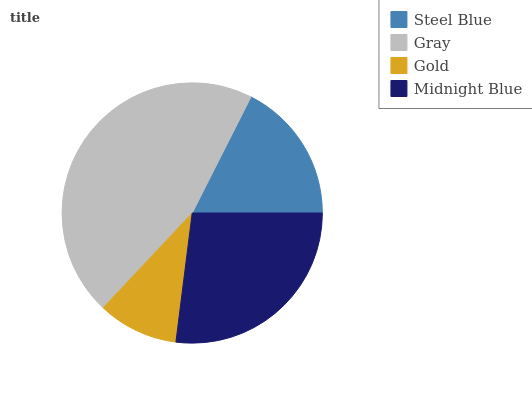
| Steel Blue | Gray | Gold | Midnight Blue |
 | --- | --- | --- | --- |
 | 17.5% | 45.5% | 10% | 27% |